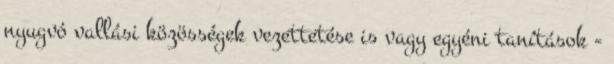
nyugvó vallási közösségek vezettetése is vagy egyéni tanítások -